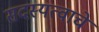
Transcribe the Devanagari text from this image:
सदस्यत्वाचे